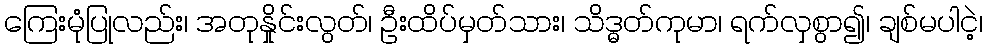
ကြေးမုံပြုလည်း၊ အတုနှိုင်းလွတ်၊ ဦးထိပ်မှတ်သား၊ သိဒ္ဓတ်ကုမာ၊ ရက်လှစွာ၍၊ ချစ်မပါငဲ့၊